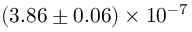
( 3 . 8 6 \pm 0 . 0 6 ) \times 1 0 ^ { - 7 }